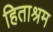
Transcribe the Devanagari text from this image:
हिताश्रम